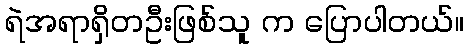
ရဲအရာရှိတဦးဖြစ်သူ က ပြောပါတယ်။